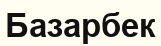
Базарбек